Indian journal of veterinary science and animal husbandry - Volumes 28-29, 1958-1959
Year: 1958
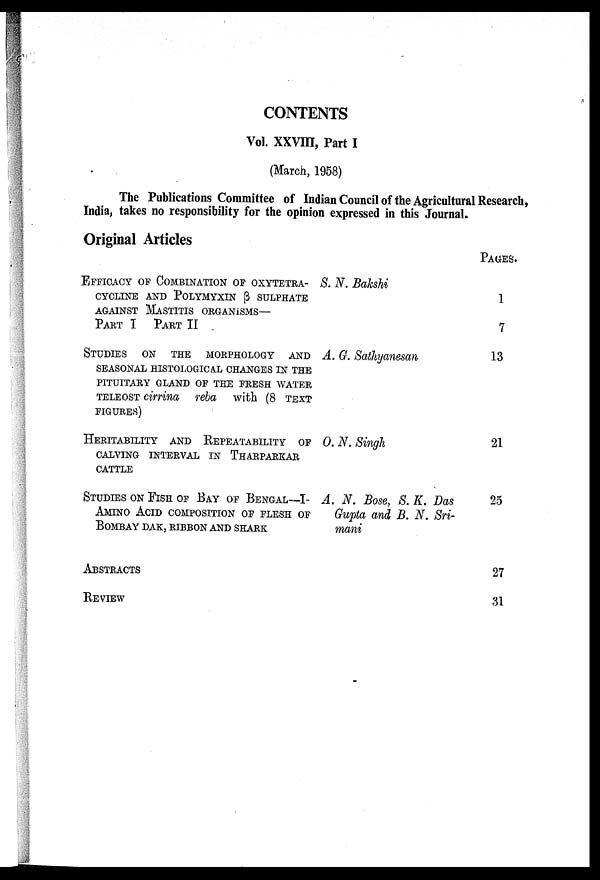
CONTENTS
Vol. XXVIII, Part I
(March, 1958)
The Publications Committee of Indian Council of the Agricultural Research,
India, takes no responsibility for the opinion expressed in this Journal.
Original Articles
EFFICACY OF COMBINATION OF OXYTETRA¬
CYCLINE AND POLYMYXIN β SULPHATE
AGAINST MASTITIS ORGANISMS—
PART I
PART II
STUDIES
ON THE
MORPHOLOGY
AND
SEASONAL HISTOLOGICAL CHANGES IN THE
PITUITARY GLAND OF THE FRESH WATER
TELEOST cirrina reba with (8 TEXT
FIGURES)
HERITABILITY AND REPEATABILITY OF
CALVING INTERVAL IN
THARPARKAR
CATTLE
STUDIES ON FISH OF BAY OF BENGAL—I-
AMINO ACID COMPOSITION OF FLESH OF
BOMBAY DAK, RIBBON AND SHARK
ABSTRACTS
REVIEW
S. N. Bakshi
A. G. Sathyanesan
O. N. Singh
A. N. Bose, S. K. Das
Gupta and B. N. Sri¬
mani
PAGES.
1
7
13
21
25
27
31